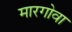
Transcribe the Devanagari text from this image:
मारगोवा